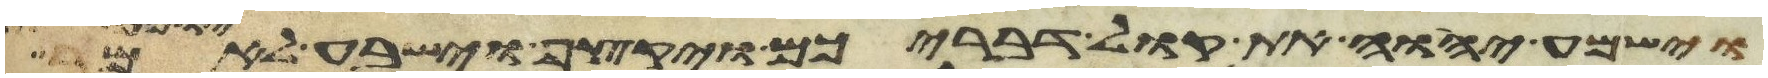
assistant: וישמע יהוה את קול דבריכם ויקצף וישבע לאמר